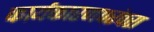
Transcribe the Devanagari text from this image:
कार्यकारणपरंपरा